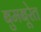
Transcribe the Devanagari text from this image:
बुमबूरेत